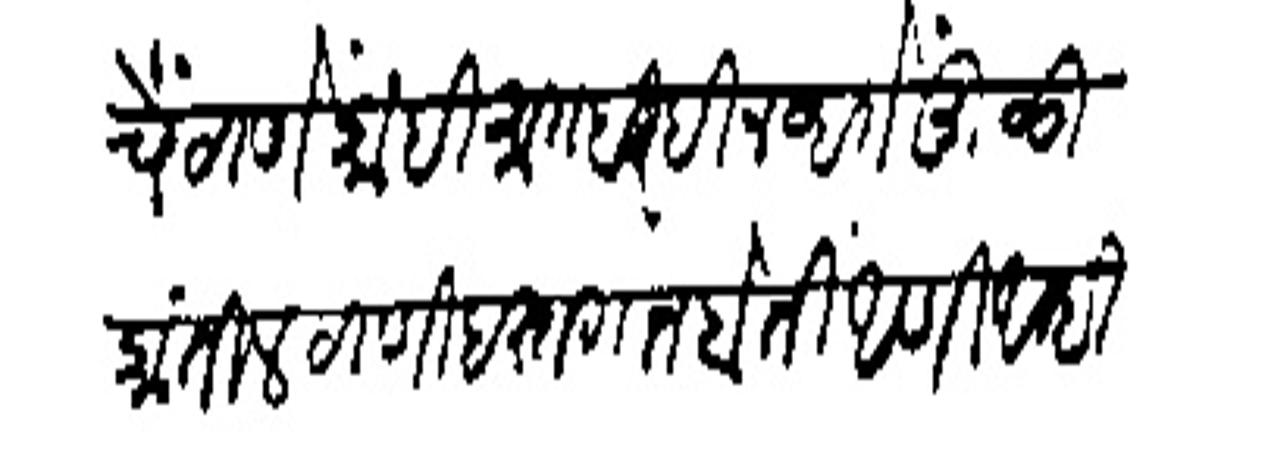
Transliteration (Devanagari): चे ठाणें कांही मातबरही नब्हतें मुलूकांतील ठाणी हस्तगत होतीं आणि अम्ही